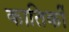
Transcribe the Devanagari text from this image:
कातिर्की